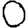
Digit: 0